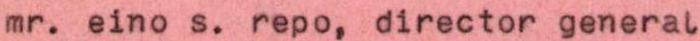
mr. eino s. repo, director general